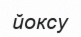
йоксу